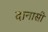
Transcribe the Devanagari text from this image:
दानासी